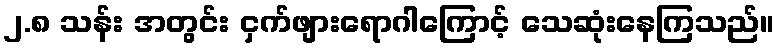
၂.၈ သန်း အတွင်း ငှက်ဖျားရောဂါကြောင့် သေဆုံးနေကြသည်။